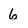
Character: 6